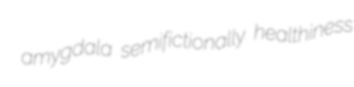
amygdala semifictionally healthiness